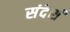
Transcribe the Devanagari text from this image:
संदेशं